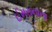
ઈમરાનાના